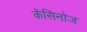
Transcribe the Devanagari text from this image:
कॅसिनोज